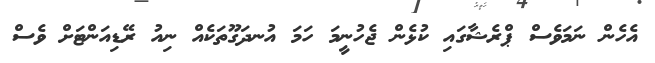
އެހެން ނަމަވެސް ޕްރެޝާގައި ކުޅެން ޖެހުނީމަ ހަމަ އުނދަގޫތަކެއް ނިއު ރޭޑިއަންޓަށް ވެސް